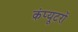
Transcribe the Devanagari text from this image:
कंप्‍यूटरों